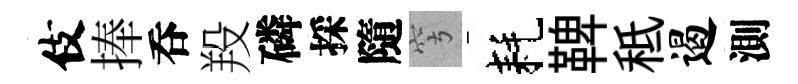
伎捧呑羖磷採隨穹耗鞞秪遏測